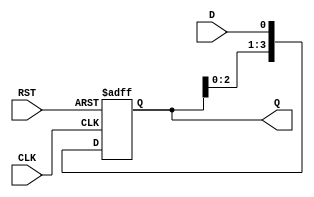
module ShiftRegister (
    input wire CLK,     // Clock input
    input wire RST,     // Asynchronous reset input
    input wire D,       // Data input (serial)
    output reg [3:0] Q  // Data output (4 bits)
);

    // Always block triggered on the rising edge of the clock or asynchronous reset
    always @(posedge CLK or posedge RST) begin
        if (RST) begin
            // Reset all bits to 0
            Q <= 4'b0000;
        end else begin
            // Shift operation
            Q <= {Q[2:0], D}; // Shift left and input new data D
        end
    end

endmodule